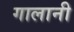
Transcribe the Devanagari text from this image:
गालानी